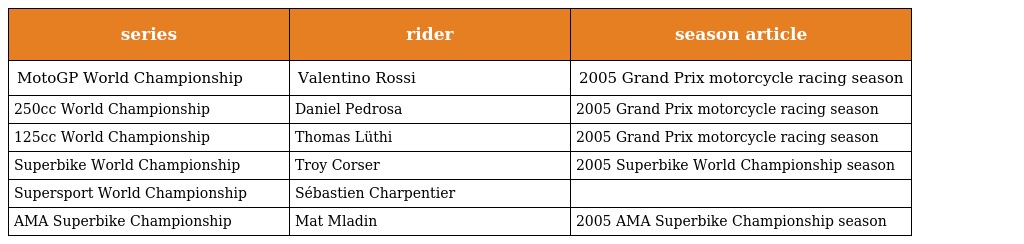
| series | rider | season article |
 | --- | --- | --- |
 | MotoGP World Championship | Valentino Rossi | 2005 Grand Prix motorcycle racing season |
 | 250cc World Championship | Daniel Pedrosa | 2005 Grand Prix motorcycle racing season |
 | 125cc World Championship | Thomas Lüthi | 2005 Grand Prix motorcycle racing season |
 | Superbike World Championship | Troy Corser | 2005 Superbike World Championship season |
 | Supersport World Championship | Sébastien Charpentier |  |
 | AMA Superbike Championship | Mat Mladin | 2005 AMA Superbike Championship season |